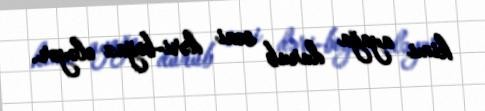
kimi ayağa durub səni dəri-boğaz eləyər.